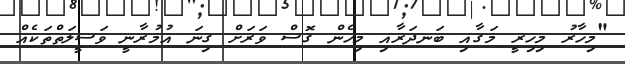
"މިހާރު މިހިރީ މަގާއި ބަނދަރާއި މިހެން ގޮސް ވަރަށް ގިނަ އުމުރާނީ ވަސީލަތްތަކެއް